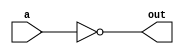
/////////////////////////////////////////////////////////////////////////////////////////////////////////////
// Behavioral 16-bits NOT
/////////////////////////////////////////////////////////////////////////////////////////////////////////////

module not_16(a, out);
    
    output  [15:0]  out;

    input   [15:0]  a; 

    assign out = ~a;

endmodule